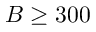
B \geq 3 0 0